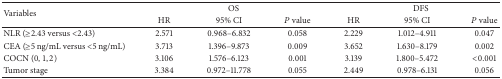
<table><thead><tr><td rowspan="2"><b>Variables</b></td><td colspan="3"><b>OS</b></td><td colspan="3"><b>DFS</b></td></tr><tr><td><b>HR</b></td><td><b>95% CI</b></td><td><b><i>P</i> value</b></td><td><b>HR</b></td><td><b>95% CI</b></td><td><b><i>P</i> value</b></td></tr></thead><tbody><tr><td>NLR (≥2.43 versus &lt;2.43)</td><td>2.571</td><td>0.968–6.832</td><td>0.058</td><td>2.229</td><td>1.012–4.911</td><td>0.047</td></tr><tr><td>CEA (≥5 ng/mL versus &lt;5 ng/mL)</td><td>3.713</td><td>1.396–9.873</td><td>0.009</td><td>3.652</td><td>1.630–8.179</td><td>0.002</td></tr><tr><td>COCN (0,1, 2)</td><td>3.106</td><td>1.576–6.123</td><td>0.001</td><td>3.139</td><td>1.800–5.472</td><td>&lt;0.001</td></tr><tr><td>Tumor stage</td><td>3.384</td><td>0.972–11.778</td><td>0.055</td><td>2.449</td><td>0.978–6.131</td><td>0.056</td></tr></tbody></table>